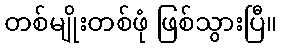
တစ်မျိုးတစ်ဖုံ ဖြစ်သွားပြီ။